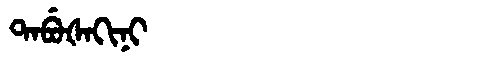
Manchu: ᡨᠠᠪᡠᡧᠠᡴᡳᠨᡳ
Romanization: TABUŠAKINI